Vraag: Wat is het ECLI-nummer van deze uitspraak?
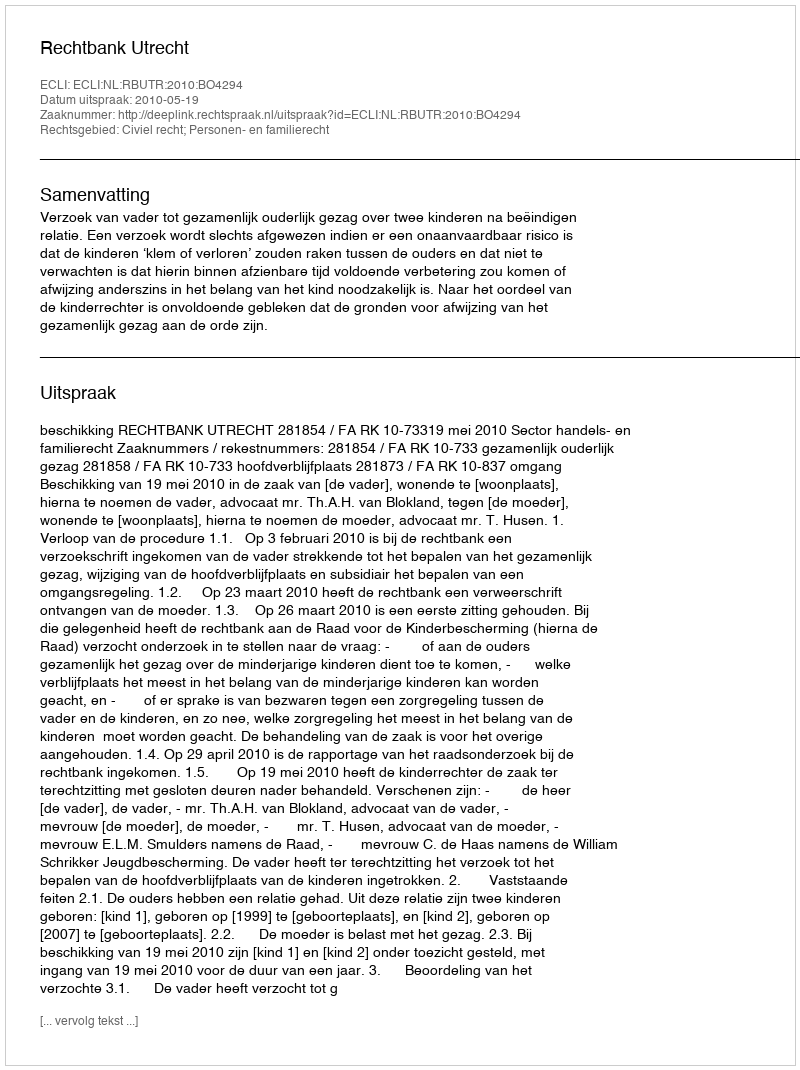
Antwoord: ECLI:NL:RBUTR:2010:BO4294